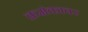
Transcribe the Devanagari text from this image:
क्रमंकावर